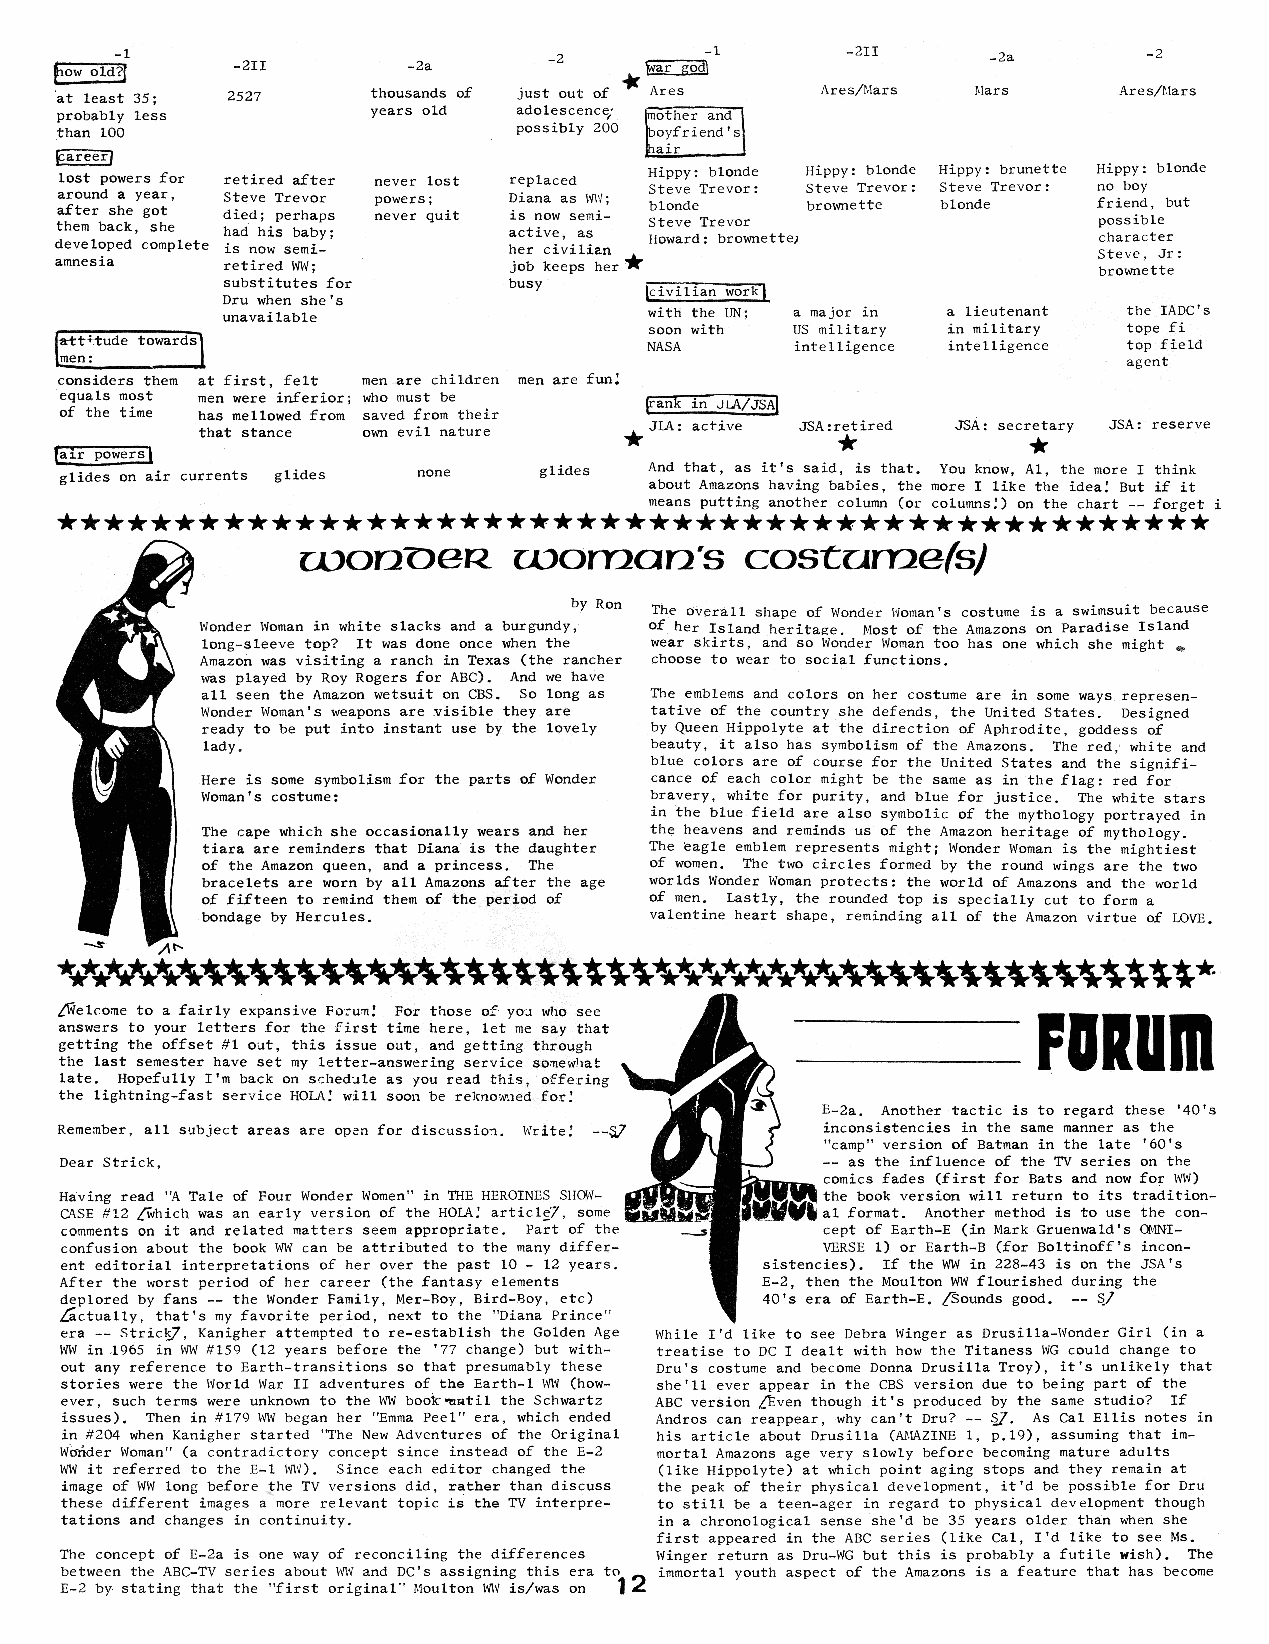
hola_2.indd 12                                                              2/19/13 3:09 PM